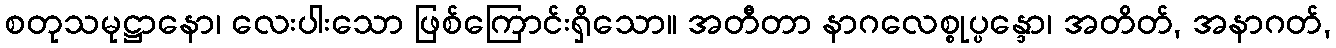
စတုသမုဋ္ဌာနော၊ လေးပါးသော ဖြစ်ကြောင်းရှိသော။ အတီတာ နာဂလေစ္စုပ္ပန္ဒော၊ အတိတ်, အနာဂတ်,